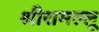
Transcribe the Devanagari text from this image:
श्रीरामल्लू